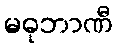
မဓုဘာဏီ